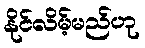
နိုင်လိမ့်မည်ဟု